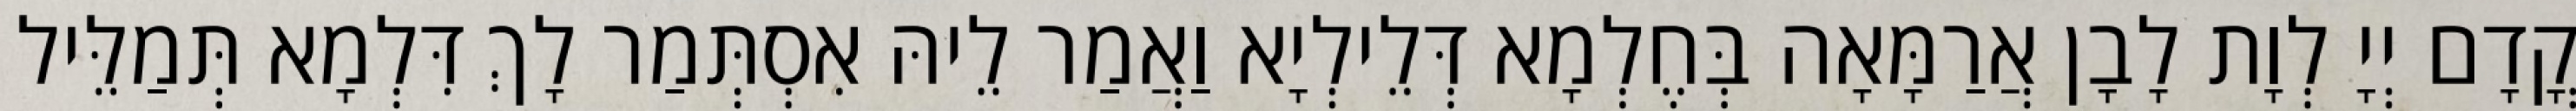
קֳדָם יְיָ לְוָת לָבָן אֲרַמָּאָה בְּחֶלְמָא דְּלֵילְיָא וַאֲמַר לֵיהּ אִסְתְּמַר לָךְ דִּלְמָא תְּמַלֵּיל